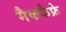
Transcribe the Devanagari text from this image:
मैककैफ्रे